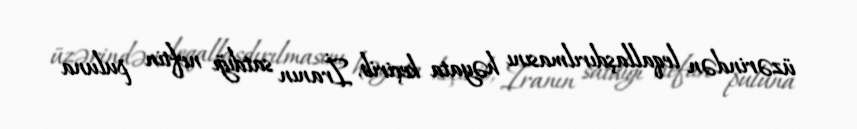
üzərindən leqallaşdırılmasını həyata keçirib, İranın satdığı neftin puluna